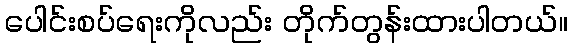
ပေါင်းစပ်ရေးကိုလည်း တိုက်တွန်းထားပါတယ်။